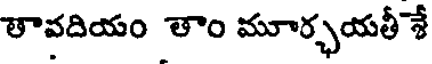
తావదియం తాం మూర్చయతీ శే